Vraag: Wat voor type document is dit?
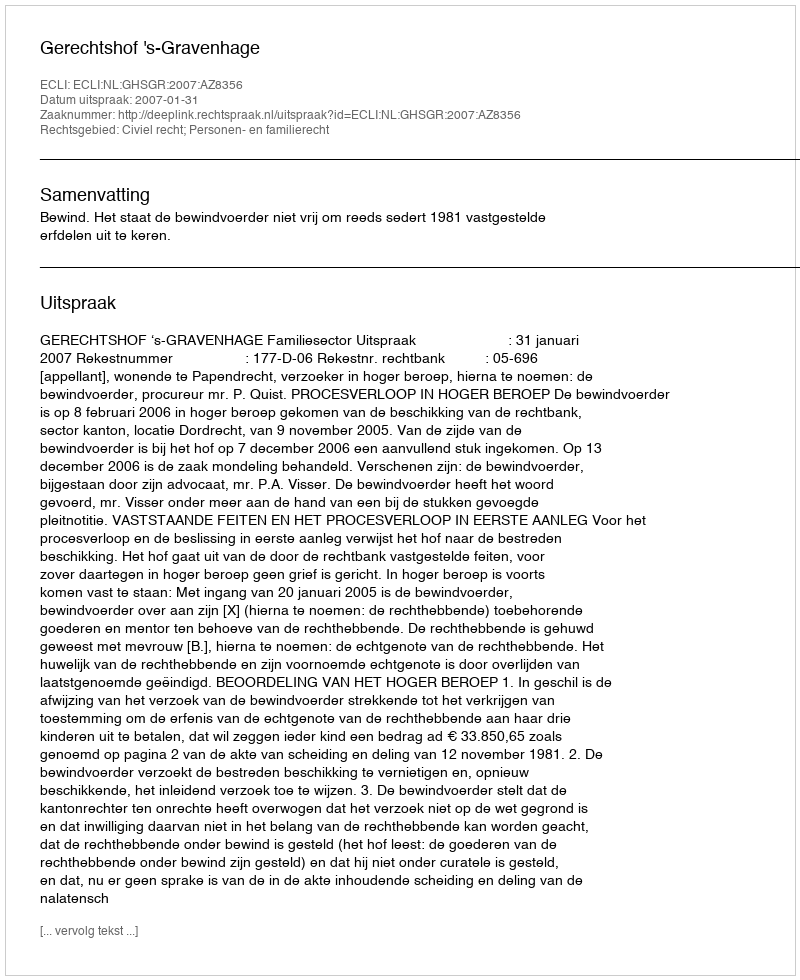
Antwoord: Uitspraak